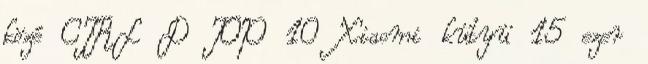
közé CTRL D TOP 10 Xiaomi kütyü 15 ezer